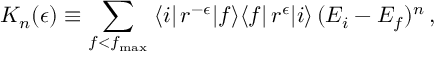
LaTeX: K _ { n } ( \epsilon ) \equiv \sum _ { f < f _ { \mathrm { m a x } } } \; \langle i | \, r ^ { - \epsilon } | f \rangle \langle f | \, r ^ { \epsilon } | i \rangle \, ( E _ { i } - E _ { f } ) ^ { n } \, ,